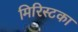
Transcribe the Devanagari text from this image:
मिरिस्टका